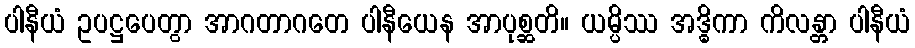
ပါနီယံ ဥပဋ္ဌပေတွာ အာဂတာဂတေ ပါနီယေန အာပုစ္ဆတိ။ ယမ္ပိဿ အဒ္ဓိကာ ကိလန္တာ ပါနီယံ